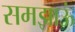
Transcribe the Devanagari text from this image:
समझाऊं